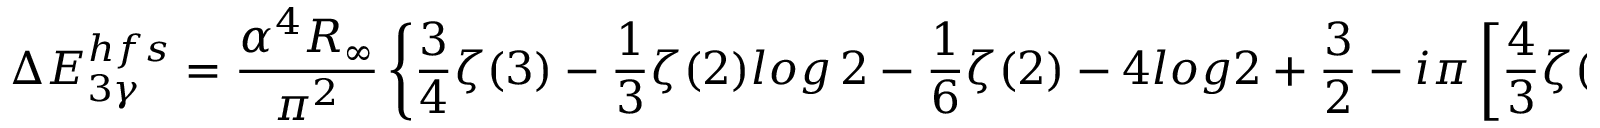
\Delta E _ { 3 \gamma } ^ { h f s } = \frac { \alpha ^ { 4 } R _ { \infty } } { \pi ^ { 2 } } \left\{ \frac { 3 } { 4 } \zeta ( 3 ) - \frac { 1 } { 3 } \zeta ( 2 ) l o g \, 2 - \frac { 1 } { 6 } \zeta ( 2 ) - 4 l o g 2 + \frac { 3 } { 2 } - i \pi \left[ \frac { 4 } { 3 } \zeta ( 2 ) - 2 \right] \right\} .